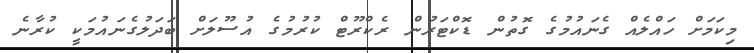
މިކަމަށް ހައްލެއް ގެނައުމުގެ ގޮތުން ޑޮކްޓަރުން ރެކްރޫޓް ކުރުމުގެ އުސޫލަށް ބަދަލުގެނައުމަކީ ކުރާނެ